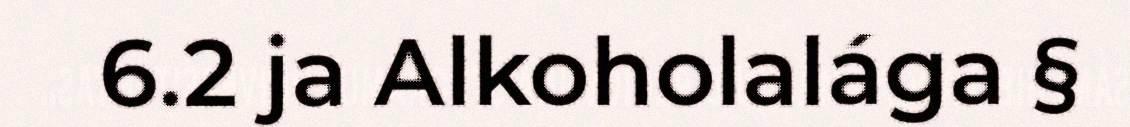
6.2 ja Alkoholalága §